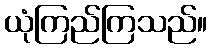
ယုံကြည်ကြသည်။